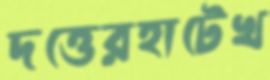
দত্তেরহাটেখ